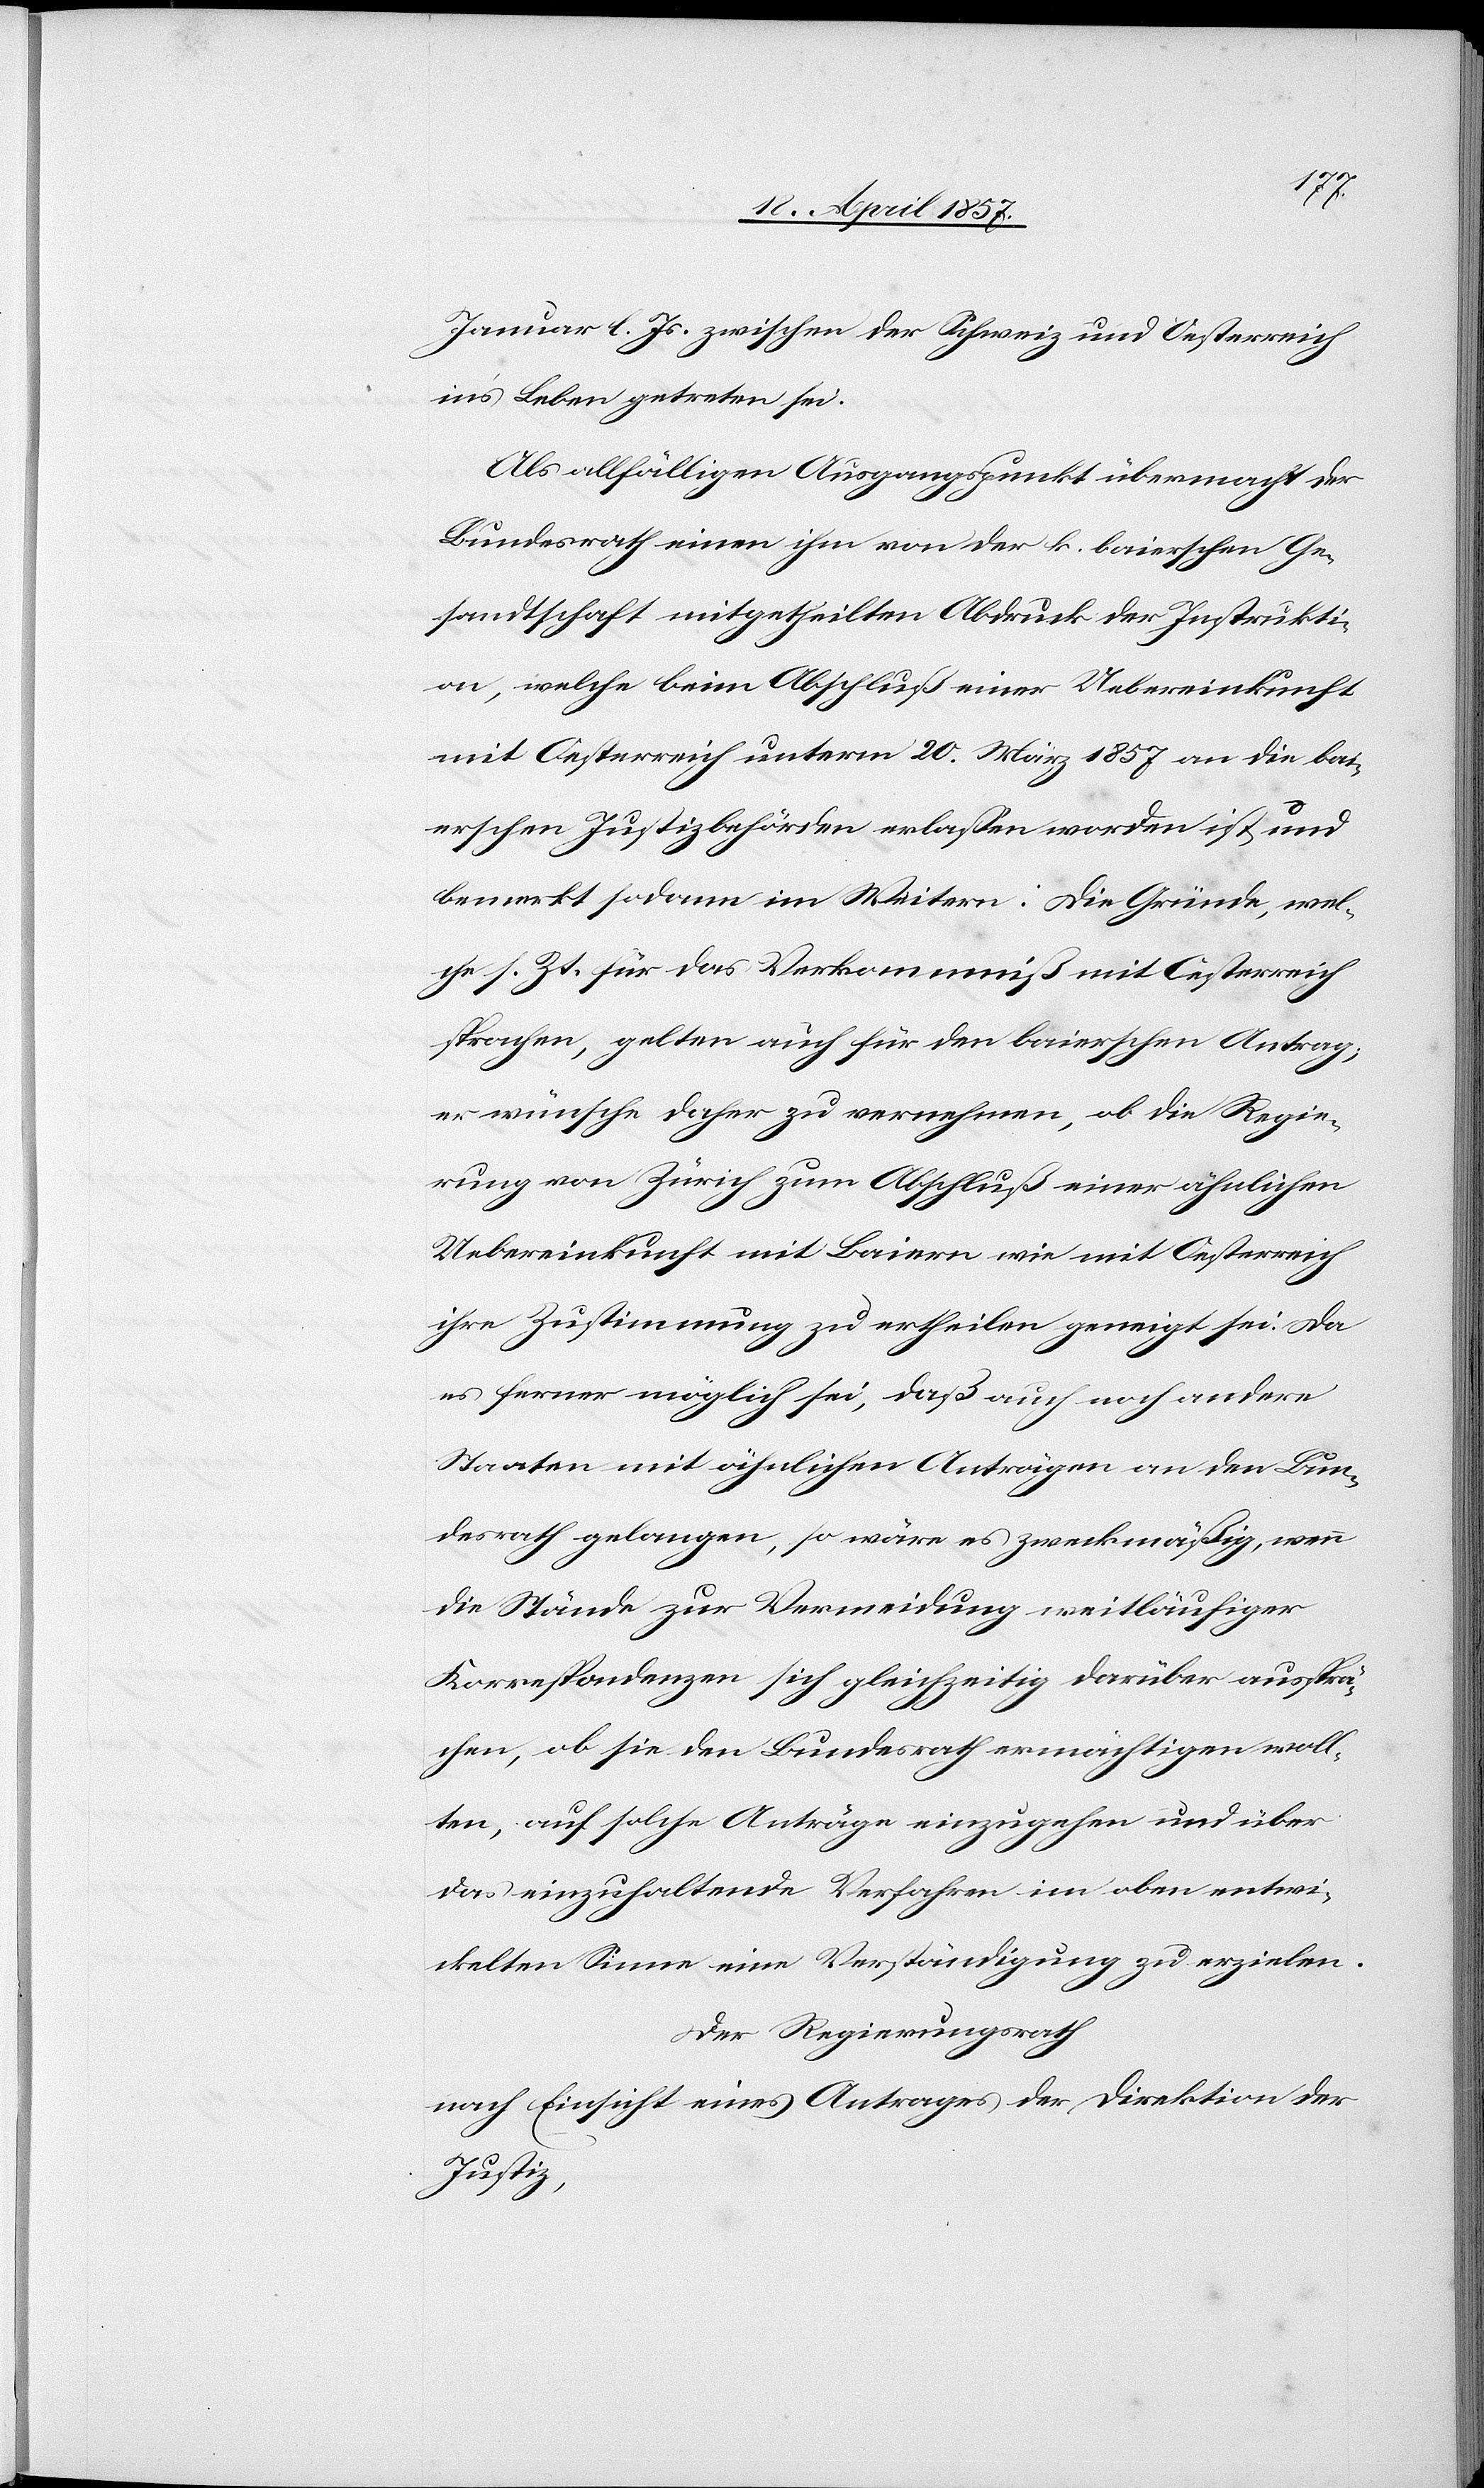
Januar l. Js. zwischen der Schweiz und Oesterreich
in’s Leben getreten sei.
Als allfälligen Ausgangspunkt übermacht der
Bundesrath einen ihm von der k. baierschen Ge¬
sandtschaft mitgetheilten Abdruck der Instrukti¬
on, welche beim Abschluß einer Uebereinkunft
mit Oesterreich unterm 20 März 1857 an die bai¬
erschen Justizbehörden erlaßen worden ist und
bemerkt sodann im Weitern: Die Gründe, wel¬
che s. Zt. für das Verkommniß mit Oesterreich
sprachen, gelten auch für den baierschen Antrag;
er wünsche daher zu vernehmen, ob die Regie¬
rung von Zürich zum Abschluß einer ähnlichen
Uebereinkunft mit Baiern wie mit Oesterreich
ihre Zustimmung zu ertheilen geneigt sei. Da
es ferner möglich sei, daß auch noch andere
Staaten mit ähnlichen Anträgen an den Bun¬
desrath gelangen, so wäre es zweckmäßig, wenn
die Stände zur Vermeidung weitläufiger
Korrespondenzen sich gleichzeitig darüber ausspre¬
chen, ob sie den Bundesrath ermächtigen woll¬
ten, auf solche Anträge einzugehen und über
das einzuhaltende Verfahren im oben entwi¬
ckelten Sinne eine Verständigung zu erzielen.
Der Regierungsrath
nach Einsicht eines Antrages der Direktion der
Justiz,